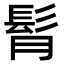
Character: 𩬏